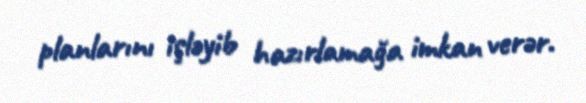
planlarını işləyib hazırlamağa imkan verər.